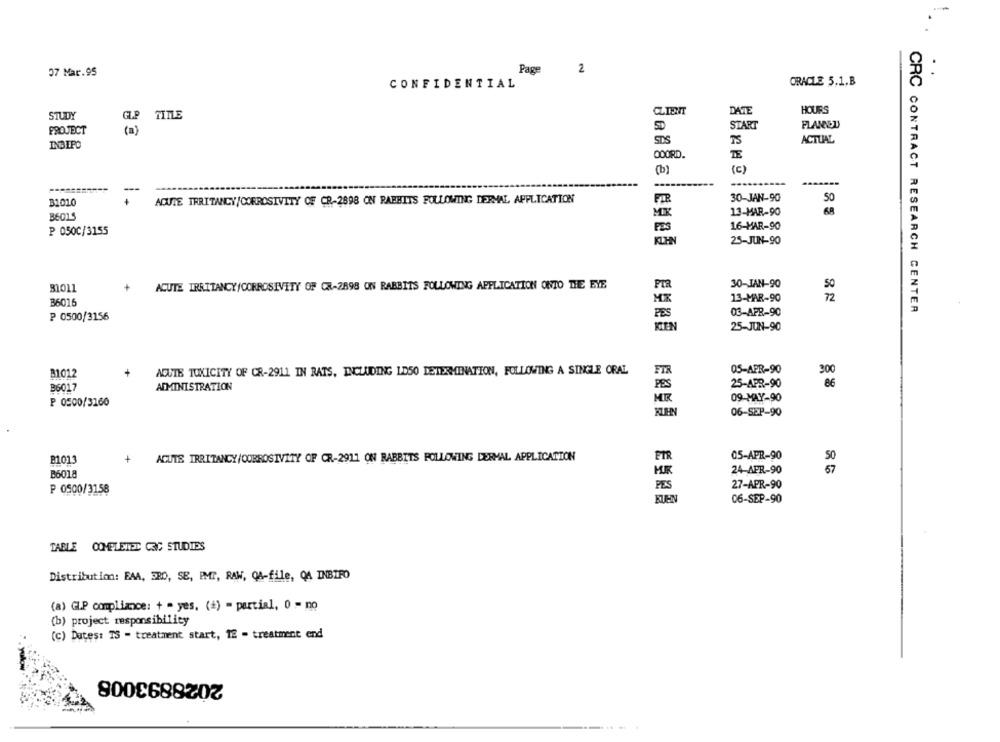
37 Mar.95
Page
2
ORACLE 5.1.B
CONFIDENTIAL
CLIENT
DATE
HOURS
STUDY
TITLE
SD
START
PLANNED
PROJECT
SDS
ACTUAL
INBIPO
OOORD.
TE
(b)
(c)
ACUTE IRRITANCY/CORROSIVITY OF CR-2898 ON RABBITS FOLLOWING DERMAL APPLICATION
FIR
30-JAN-90
50
31010
36015
MX
13-MAR-90
68
P 0500/3155
16-MAR-90
KLH
25-JUN-90
30-JAN-90
ACUTE IRRITANCY/CORROSIVITY OF CR-2898 ON RABBITS FOLLOWING APPLICATION ONTO THE EYE
PIR
50
36016
13-MAR-90
72
03-APR-90
CRC CONTRACT RESEARCH CENTER
P 0500/3156
FES
KIN
25-JUN-90
+
ACUTE TOXICITY OF CR-2911 IN RATS, INCLUDING LD50 DETERMINATION, FOLLOWING A SINGLE ORAL
FIR
05-APR-90
300
81012
PES
25-APR-90
86
B6017
ADMINISTRATION
MR
09-MAY-90
P 0500/3160
06-SEP-90
+
ACUTS IRRITANCY /CORROSIVITY OF CR-2911 ON RABBITS FOLLOWING DERMAL APPLICATION
FTR
05-APR-90
B6018
24-APR-90
PES
27-APR-90
P 0500/3158
EUEN
06-SEP-90
TABLE COMPLETED CAC STUDIES
Distribution: EAA, BO, SE, EMT, RAW, Q&-file, QA INBIFO
(a) G.P compliance: + = yes, (#) = partial, 0 = no
(b) project responsibility
(c) Dates: TS - treatment start, 12 - treatment end
2028893008